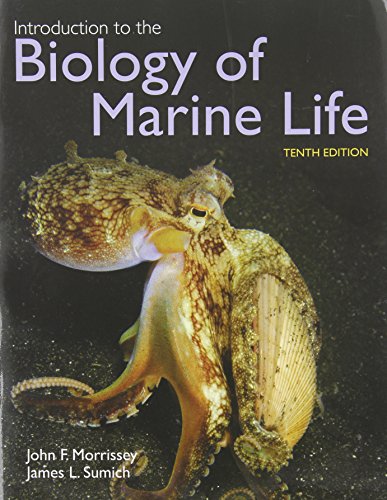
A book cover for Introduction To The Biology Of Marine Life; John Morrissey; Science & Math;